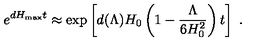
e ^ { d H _ { \mathrm { m a x } } t } \approx \exp \left[ d ( \Lambda ) H _ { 0 } \left( 1 - { \frac { \Lambda } { 6 H _ { 0 } ^ { 2 } } } \right) t \right] \ .